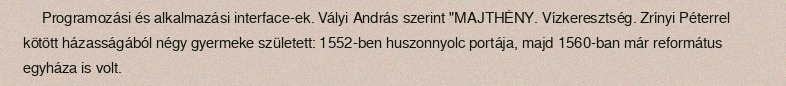
Programozási és alkalmazási interface-ek. Vályi András szerint "MAJTHÉNY. Vízkeresztség. Zrínyi Péterrel kötött házasságából négy gyermeke született: 1552-ben huszonnyolc portája, majd 1560-ban már református egyháza is volt.